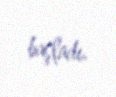
başladı.